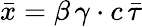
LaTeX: \bar{x}=\beta\, \gamma\cdot c\, \bar{\tau}